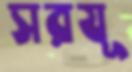
সরযূ